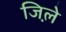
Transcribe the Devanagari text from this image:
जिले़